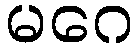
မဂေ